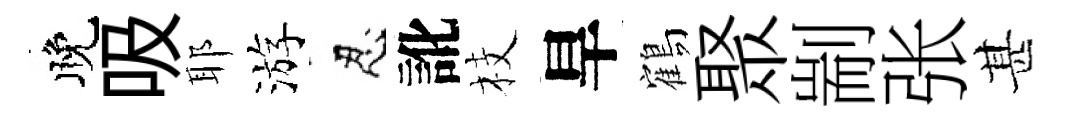
晚吸耶游忍訛枝旱鶴聚剬张甚